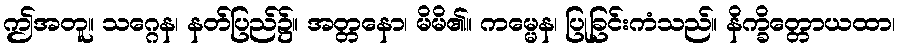
ဤအတူ။ သဂ္ဂေန၊ နတ်ပြည်၌။ အတ္တနော၊ မိမိ၏။ ကမ္မေန၊ ပြုခြင်းကံသည်။ နိက္ခိတ္တောယထာ၊